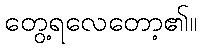
တွေ့ရလေတော့၏။